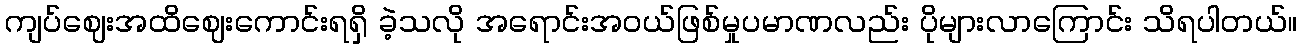
ကျပ်ဈေးအထိဈေးကောင်းရရှိ ခဲ့သလို အရောင်းအဝယ်ဖြစ်မှုပမာဏလည်း ပိုများလာကြောင်း သိရပါတယ်။